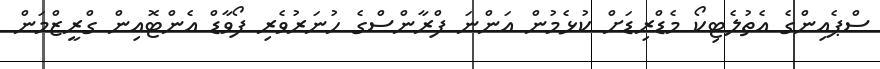
ސްޕެއިންގެ އެތުލެޓިކޯ މެޑްރިޑަށް ކުޅެމުން އަންނަ ފްރާންސްގެ ހުނަރުވެރި ފޯވާޑް އެންޓޮއިން ގްރީޒްމަން